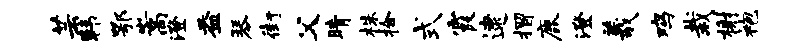
芸韩鄂嵩澄益琴街父睛株拾式霞逮摺鹿澄羲鸡栽榭袍